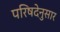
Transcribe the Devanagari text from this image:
परिषदेनुसार